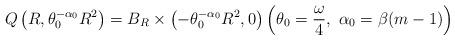
LaTeX: \begin{align*}Q\left(R,\theta_0^{-\alpha_0}R^2\right)=B_{R}\times\left(-\theta_0^{-\alpha_0}R^2,0\right) \left(\theta_0=\frac{\omega}{4},\,\,\alpha_0=\beta(m-1)\right)\end{align*}